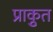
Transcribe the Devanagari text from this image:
प्राकृुत